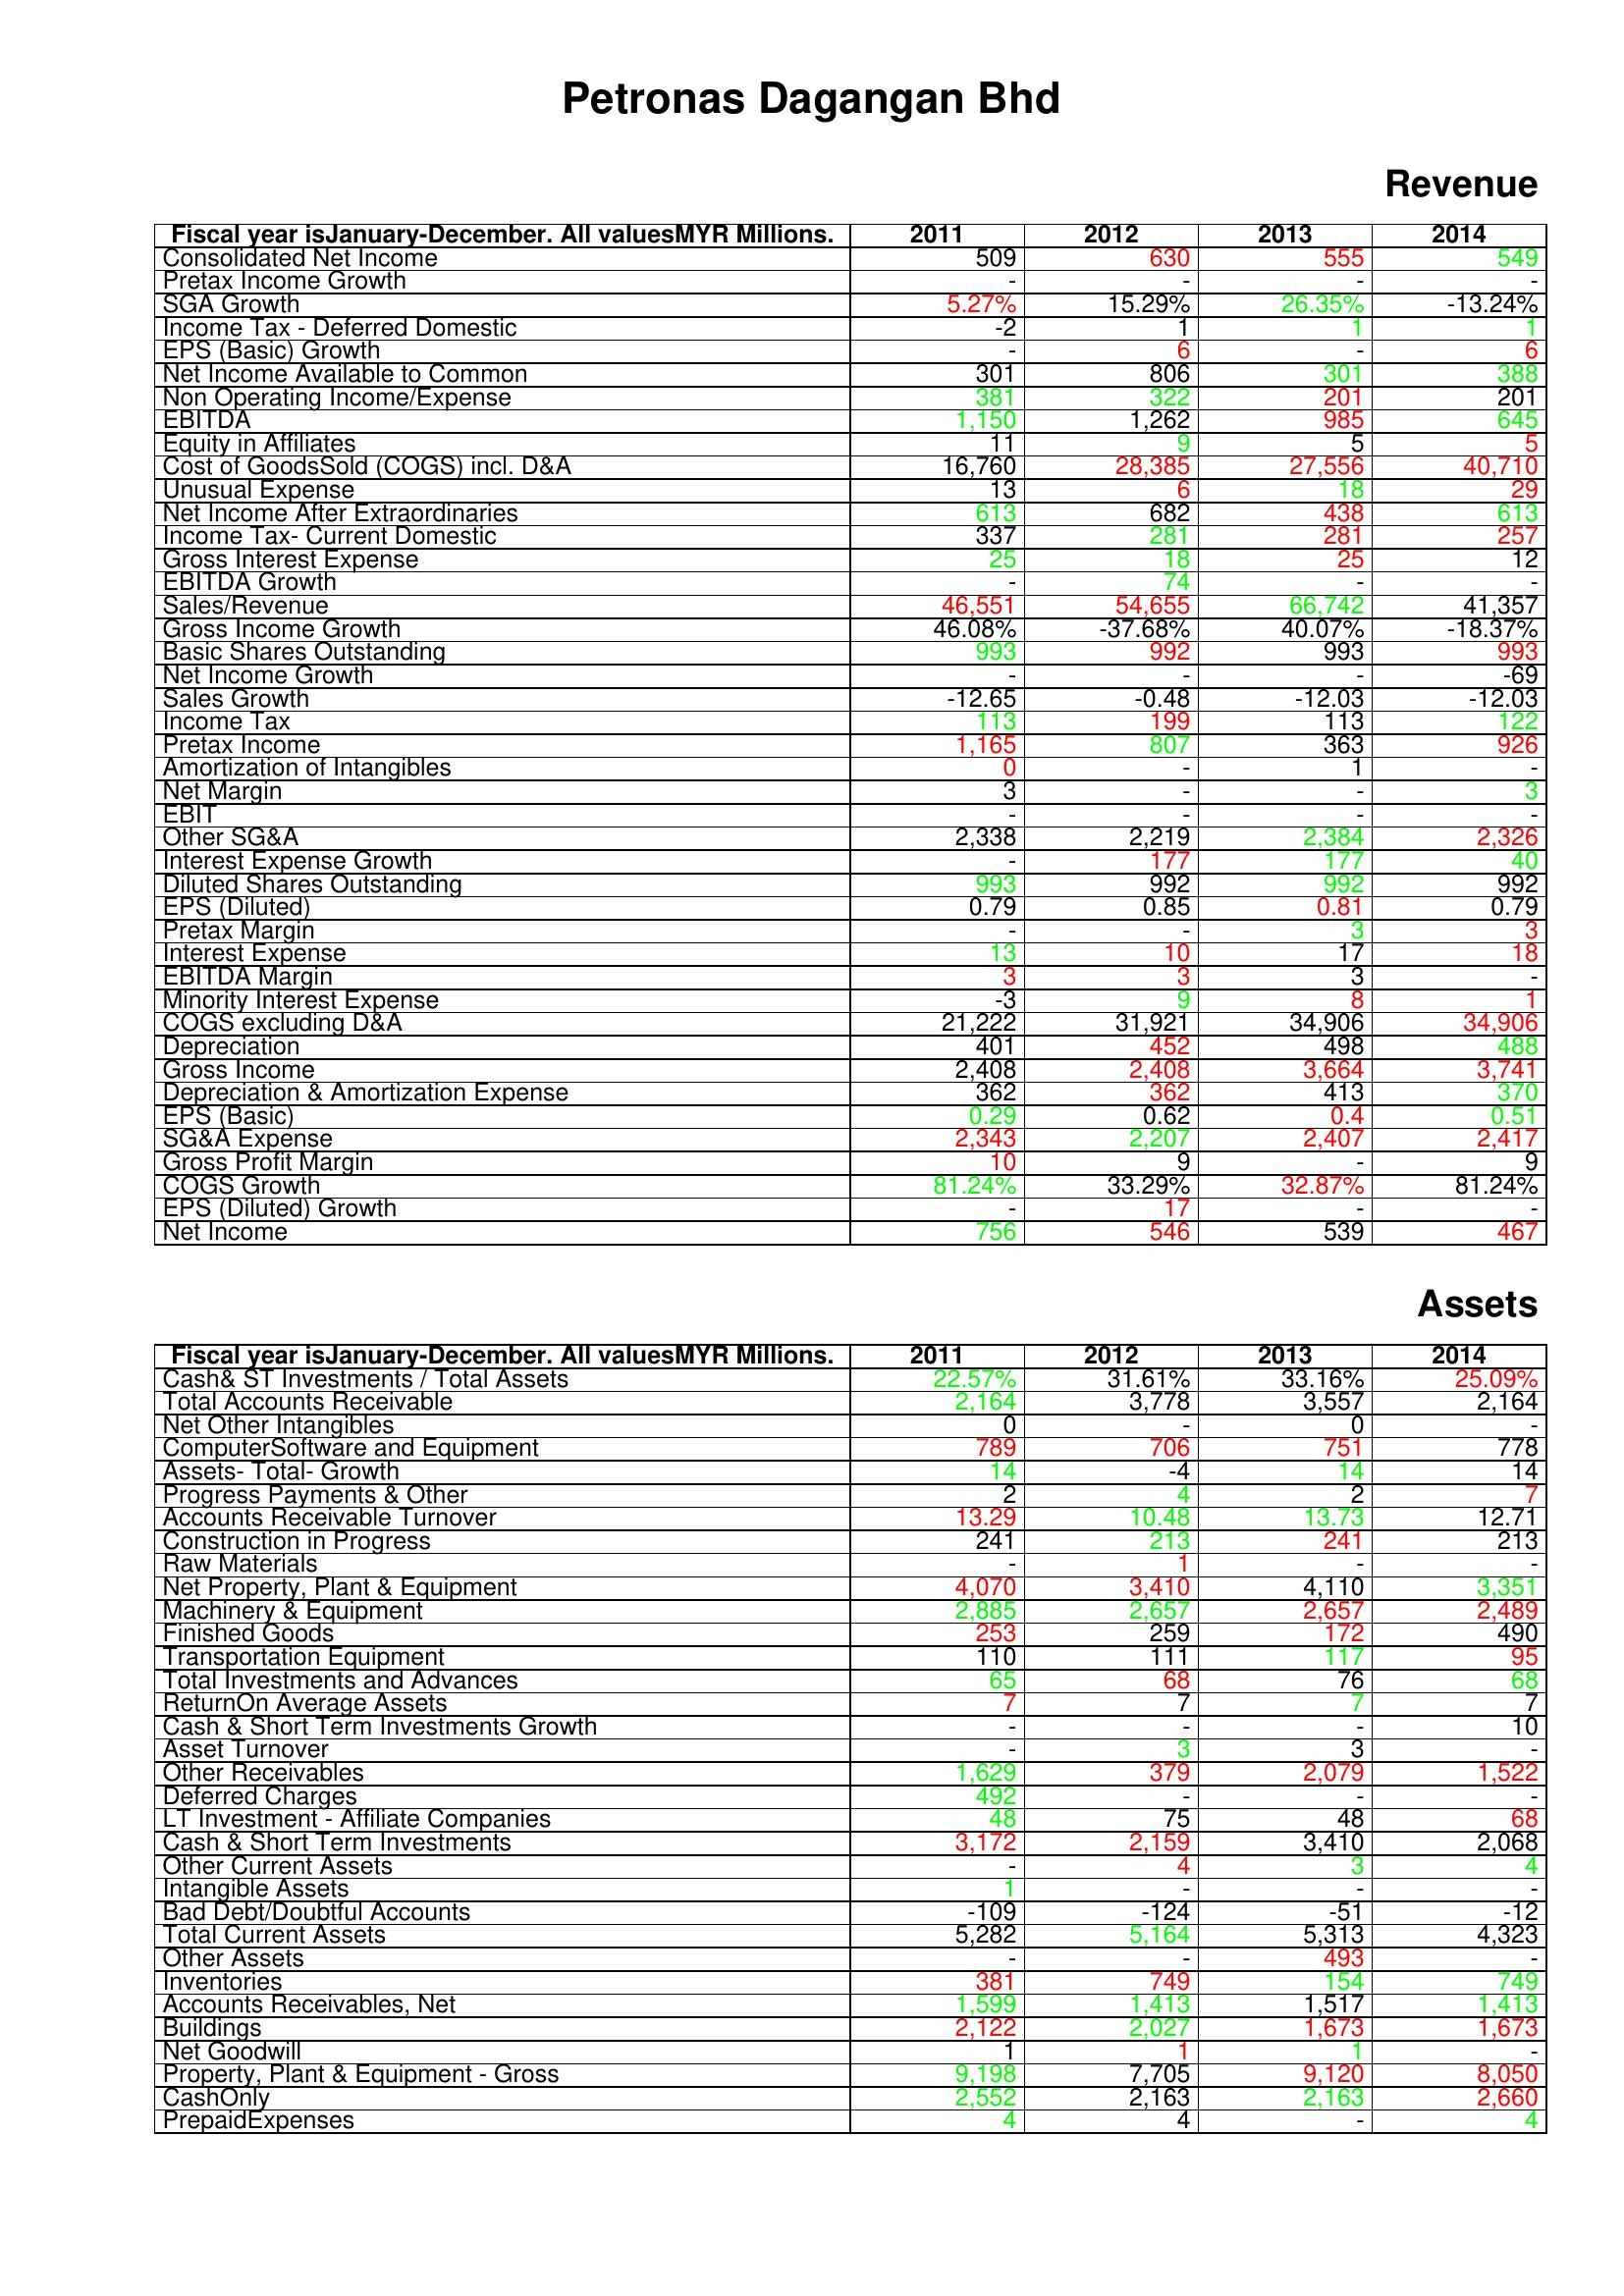
gt_parse: 2011: Revenue: Consolidated Net Income: 509
Pretax Income Growth: -
SGA Growth: 5.27%
Income Tax - Deferred Domestic: -2
EPS (Basic) Growth: -
Net Income Available to Common: 301
Non Operating Income/Expense: 381
EBITDA: 1,150
Equity in Affiliates: 11
Cost of GoodsSold (COGS) incl. D&A: 16,760
Unusual Expense: 13
Net Income After Extraordinaries: 613
Income Tax- Current Domestic: 337
Gross Interest Expense: 25
EBITDA Growth: -
Sales/Revenue: 46,551
Gross Income Growth: 46.08%
Basic Shares Outstanding: 993
Net Income Growth: -
Sales Growth: -12.65
Income Tax: 113
Pretax Income: 1,165
Amortization of Intangibles: 0
Net Margin: 3
EBIT: -
Other SG&A: 2,338
Interest Expense Growth: -
Diluted Shares Outstanding: 993
EPS (Diluted): 0.79
Pretax Margin: -
Interest Expense: 13
EBITDA Margin: 3
Minority Interest Expense: -3
COGS excluding D&A: 21,222
Depreciation: 401
Gross Income: 2,408
Depreciation & Amortization Expense: 362
EPS (Basic): 0.29
SG&A Expense: 2,343
Gross Profit Margin: 10
COGS Growth: 81.24%
EPS (Diluted) Growth: -
Net Income: 756
Assets: Cash& ST Investments / Total Assets: 22.57%
Total Accounts Receivable: 2,164
Net Other Intangibles: 0
ComputerSoftware and Equipment: 789
Assets- Total- Growth: 14
Progress Payments & Other: 2
Accounts Receivable Turnover: 13.29
Construction in Progress: 241
Raw Materials: -
Net Property, Plant & Equipment: 4,070
Machinery & Equipment: 2,885
Finished Goods: 253
Transportation Equipment: 110
Total Investments and Advances: 65
ReturnOn Average Assets: 7
Cash & Short Term Investments Growth: -
Asset Turnover: -
Other Receivables: 1,629
Deferred Charges: 492
LT Investment - Affiliate Companies: 48
Cash & Short Term Investments: 3,172
Other Current Assets: -
Intangible Assets: 1
Bad Debt/Doubtful Accounts: -109
Total Current Assets: 5,282
Other Assets: -
Inventories: 381
Accounts Receivables, Net: 1,599
Buildings: 2,122
Net Goodwill: 1
Property, Plant & Equipment - Gross : 9,198
CashOnly: 2,552
PrepaidExpenses: 4
2012: Revenue: Consolidated Net Income: 630
Pretax Income Growth: -
SGA Growth: 15.29%
Income Tax - Deferred Domestic: 1
EPS (Basic) Growth: 6
Net Income Available to Common: 806
Non Operating Income/Expense: 322
EBITDA: 1,262
Equity in Affiliates: 9
Cost of GoodsSold (COGS) incl. D&A: 28,385
Unusual Expense: 6
Net Income After Extraordinaries: 682
Income Tax- Current Domestic: 281
Gross Interest Expense: 18
EBITDA Growth: 74
Sales/Revenue: 54,655
Gross Income Growth: -37.68%
Basic Shares Outstanding: 992
Net Income Growth: -
Sales Growth: -0.48
Income Tax: 199
Pretax Income: 807
Amortization of Intangibles: -
Net Margin: -
EBIT: -
Other SG&A: 2,219
Interest Expense Growth: 177
Diluted Shares Outstanding: 992
EPS (Diluted): 0.85
Pretax Margin: -
Interest Expense: 10
EBITDA Margin: 3
Minority Interest Expense: 9
COGS excluding D&A: 31,921
Depreciation: 452
Gross Income: 2,408
Depreciation & Amortization Expense: 362
EPS (Basic): 0.62
SG&A Expense: 2,207
Gross Profit Margin: 9
COGS Growth: 33.29%
EPS (Diluted) Growth: 17
Net Income: 546
Assets: Cash& ST Investments / Total Assets: 31.61%
Total Accounts Receivable: 3,778
Net Other Intangibles: -
ComputerSoftware and Equipment: 706
Assets- Total- Growth: -4
Progress Payments & Other: 4
Accounts Receivable Turnover: 10.48
Construction in Progress: 213
Raw Materials: 1
Net Property, Plant & Equipment: 3,410
Machinery & Equipment: 2,657
Finished Goods: 259
Transportation Equipment: 111
Total Investments and Advances: 68
ReturnOn Average Assets: 7
Cash & Short Term Investments Growth: -
Asset Turnover: 3
Other Receivables: 379
Deferred Charges: -
LT Investment - Affiliate Companies: 75
Cash & Short Term Investments: 2,159
Other Current Assets: 4
Intangible Assets: -
Bad Debt/Doubtful Accounts: -124
Total Current Assets: 5,164
Other Assets: -
Inventories: 749
Accounts Receivables, Net: 1,413
Buildings: 2,027
Net Goodwill: 1
Property, Plant & Equipment - Gross : 7,705
CashOnly: 2,163
PrepaidExpenses: 4
2013: Revenue: Consolidated Net Income: 555
Pretax Income Growth: -
SGA Growth: 26.35%
Income Tax - Deferred Domestic: 1
EPS (Basic) Growth: -
Net Income Available to Common: 301
Non Operating Income/Expense: 201
EBITDA: 985
Equity in Affiliates: 5
Cost of GoodsSold (COGS) incl. D&A: 27,556
Unusual Expense: 18
Net Income After Extraordinaries: 438
Income Tax- Current Domestic: 281
Gross Interest Expense: 25
EBITDA Growth: -
Sales/Revenue: 66,742
Gross Income Growth: 40.07%
Basic Shares Outstanding: 993
Net Income Growth: -
Sales Growth: -12.03
Income Tax: 113
Pretax Income: 363
Amortization of Intangibles: 1
Net Margin: -
EBIT: -
Other SG&A: 2,384
Interest Expense Growth: 177
Diluted Shares Outstanding: 992
EPS (Diluted): 0.81
Pretax Margin: 3
Interest Expense: 17
EBITDA Margin: 3
Minority Interest Expense: 8
COGS excluding D&A: 34,906
Depreciation: 498
Gross Income: 3,664
Depreciation & Amortization Expense: 413
EPS (Basic): 0.4
SG&A Expense: 2,407
Gross Profit Margin: -
COGS Growth: 32.87%
EPS (Diluted) Growth: -
Net Income: 539
Assets: Cash& ST Investments / Total Assets: 33.16%
Total Accounts Receivable: 3,557
Net Other Intangibles: 0
ComputerSoftware and Equipment: 751
Assets- Total- Growth: 14
Progress Payments & Other: 2
Accounts Receivable Turnover: 13.73
Construction in Progress: 241
Raw Materials: -
Net Property, Plant & Equipment: 4,110
Machinery & Equipment: 2,657
Finished Goods: 172
Transportation Equipment: 117
Total Investments and Advances: 76
ReturnOn Average Assets: 7
Cash & Short Term Investments Growth: -
Asset Turnover: 3
Other Receivables: 2,079
Deferred Charges: -
LT Investment - Affiliate Companies: 48
Cash & Short Term Investments: 3,410
Other Current Assets: 3
Intangible Assets: -
Bad Debt/Doubtful Accounts: -51
Total Current Assets: 5,313
Other Assets: 493
Inventories: 154
Accounts Receivables, Net: 1,517
Buildings: 1,673
Net Goodwill: 1
Property, Plant & Equipment - Gross : 9,120
CashOnly: 2,163
PrepaidExpenses: -
2014: Revenue: Consolidated Net Income: 549
Pretax Income Growth: -
SGA Growth: -13.24%
Income Tax - Deferred Domestic: 1
EPS (Basic) Growth: 6
Net Income Available to Common: 388
Non Operating Income/Expense: 201
EBITDA: 645
Equity in Affiliates: 5
Cost of GoodsSold (COGS) incl. D&A: 40,710
Unusual Expense: 29
Net Income After Extraordinaries: 613
Income Tax- Current Domestic: 257
Gross Interest Expense: 12
EBITDA Growth: -
Sales/Revenue: 41,357
Gross Income Growth: -18.37%
Basic Shares Outstanding: 993
Net Income Growth: -69
Sales Growth: -12.03
Income Tax: 122
Pretax Income: 926
Amortization of Intangibles: -
Net Margin: 3
EBIT: -
Other SG&A: 2,326
Interest Expense Growth: 40
Diluted Shares Outstanding: 992
EPS (Diluted): 0.79
Pretax Margin: 3
Interest Expense: 18
EBITDA Margin: -
Minority Interest Expense: 1
COGS excluding D&A: 34,906
Depreciation: 488
Gross Income: 3,741
Depreciation & Amortization Expense: 370
EPS (Basic): 0.51
SG&A Expense: 2,417
Gross Profit Margin: 9
COGS Growth: 81.24%
EPS (Diluted) Growth: -
Net Income: 467
Assets: Cash& ST Investments / Total Assets: 25.09%
Total Accounts Receivable: 2,164
Net Other Intangibles: -
ComputerSoftware and Equipment: 778
Assets- Total- Growth: 14
Progress Payments & Other: 7
Accounts Receivable Turnover: 12.71
Construction in Progress: 213
Raw Materials: -
Net Property, Plant & Equipment: 3,351
Machinery & Equipment: 2,489
Finished Goods: 490
Transportation Equipment: 95
Total Investments and Advances: 68
ReturnOn Average Assets: 7
Cash & Short Term Investments Growth: 10
Asset Turnover: -
Other Receivables: 1,522
Deferred Charges: -
LT Investment - Affiliate Companies: 68
Cash & Short Term Investments: 2,068
Other Current Assets: 4
Intangible Assets: -
Bad Debt/Doubtful Accounts: -12
Total Current Assets: 4,323
Other Assets: -
Inventories: 749
Accounts Receivables, Net: 1,413
Buildings: 1,673
Net Goodwill: -
Property, Plant & Equipment - Gross : 8,050
CashOnly: 2,660
PrepaidExpenses: 4